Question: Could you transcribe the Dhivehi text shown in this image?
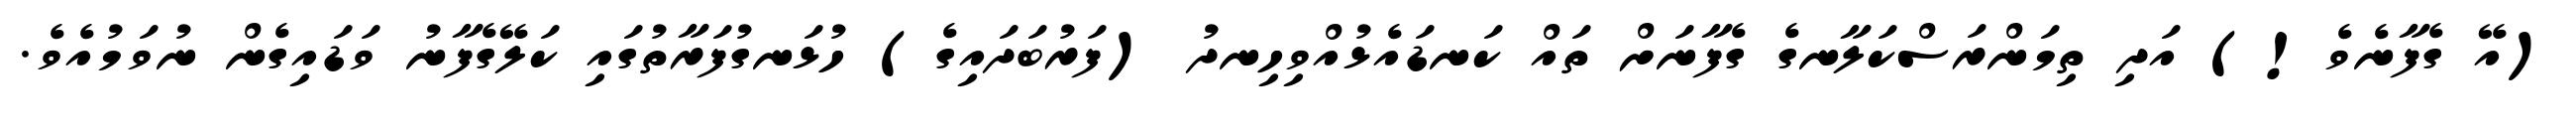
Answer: (އޭ ގެފާނެވެ!) އަދި ތިމަންރަސްކަލާނގެ ގެފާނަށް ތައް ކަނޑައެޅުއްވިހިނދު (ފަރުބަދައިގެ) ހުޅަނގުފަރާތުގައި ކަލޭގެފާނު ވަޑައިގެން ނުވަމުއެވެ.